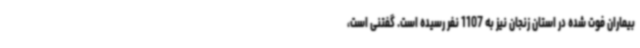
بیماران فوت شده در استان زنجان نیز به 1107 نفر رسیده است. گفتنی است،